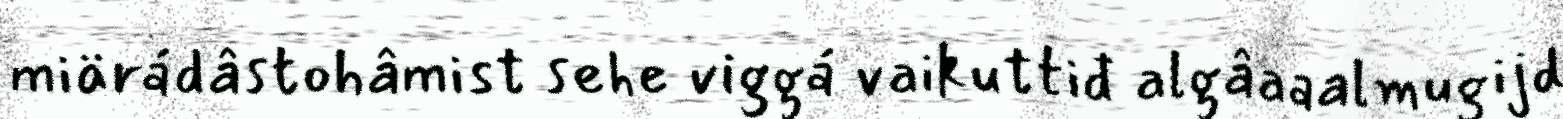
miärádâstohâmist sehe viggá vaikuttiđ algâaaalmugijd